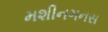
મશીનગનસ